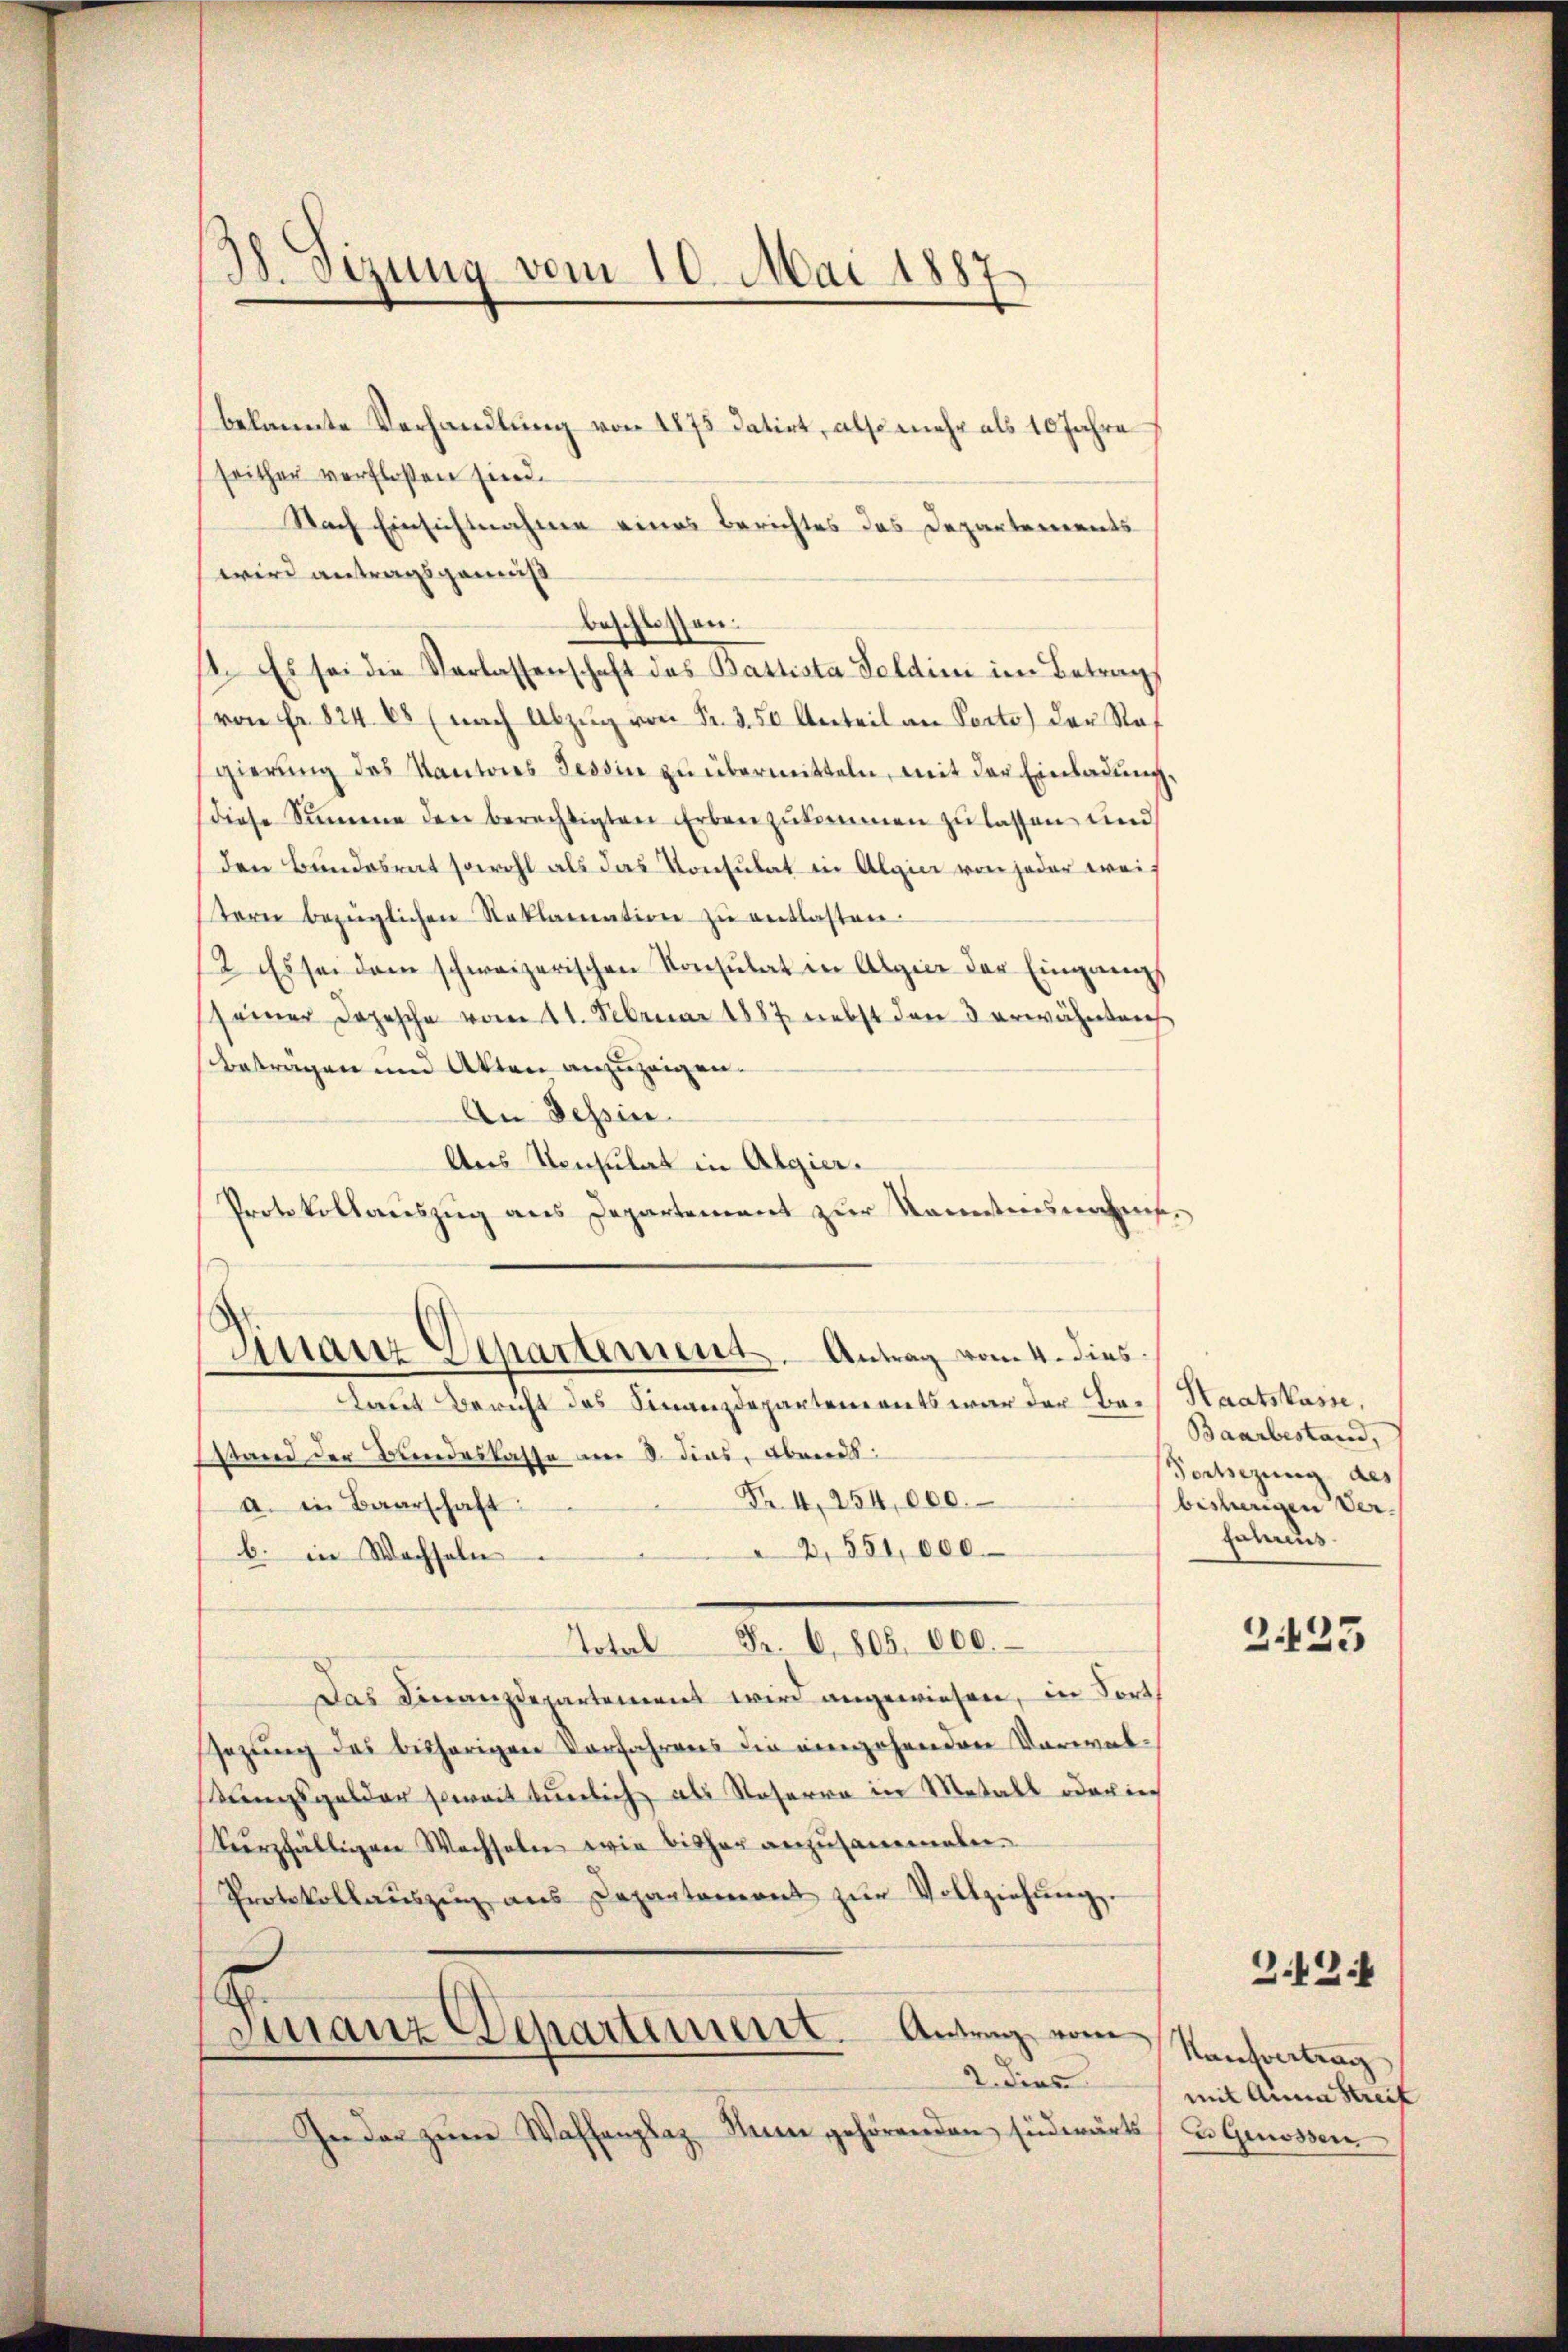
38. Sizung vom 10. Mai 1887

bekannte Verhandlung von 1875 datirt, also mehr als 10 Jahre
seither verfloßen sind.
Nach Einsichtnahme eines Berichtes das Departements
wird antragsgemis
beschlossen:
14. Es sei die Verlassenschaft das Battista Feldini im Betrag
von fr. 824 08 (nach Abzŭg von Fr. 350 Anteil an Porto der Staf
gierŭng des Kantons Tessin zŭ übermitteln, mit der Einladung,
diese Summe der berechtigten Erben zukommen zu lassen und
den Bundesrat sowohl als das Konsulat in Algie von jeder weitern bezüglichen Reklamation zŭ entlasten.
12. Es sei dem schweizerischen Konsulat in Algier der Eingang,
seiner Depesche vom 11. Februar 1887 nebst den 3 erwähnten
beträgen um Akten anzuzeigen.
An Tessin.
Aus Konsulat in Algier.
Protokollauszug aus Departement zur Kenntnisnahms¬

Finanz Departement. Antrag vom 4. dies
Laut Bericht des Finanzdepartements war der Bei Staatskasse,

stand der Bundeskasse am 8. dies Abends
Fr. 4, 254,000.
a. in Baarschaft:
2,551,000.
b. in Wechseln
Total Fr. 6, 805 000.
Das Finanzdepartement wird angewiesen, in Forts
sezung des bisherigen Verfahrens die eingehenden Vorwalungsgelder soweit tunlich als Soserra in Metall oder in
Veerzfälligen Wechseln wie bisher anzusammeln.
Protokollaŭszŭg aŭs Departemont zŭr Vollziehŭng.
Finanz Departement. Antrag vom
2. dies
In der zŭm Waffenplaz Nenne gehörenden südwärts

Baarbestand,
Fortsezung des
bisherigen Verfahrens.

2423

2.424

Kaufvertrag
mit Anna Streif
u Genossen